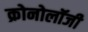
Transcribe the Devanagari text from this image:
क्रोनोलॉजी